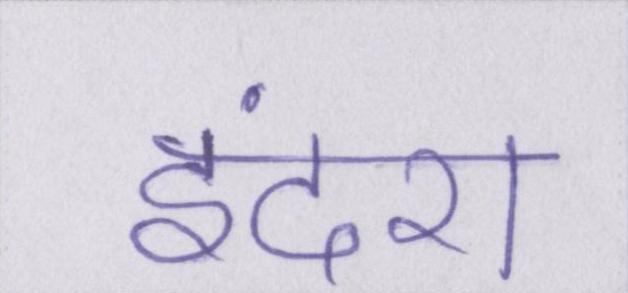
इंदरा